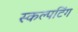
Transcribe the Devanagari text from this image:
स्कल्पटिंग